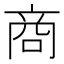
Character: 商